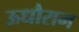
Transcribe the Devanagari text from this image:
ऊधौराम